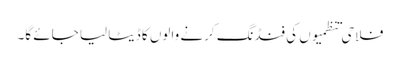
فلاحی تنظمیوں کی فنڈنگ کرنے والوں کا ڈیٹا لیا جائے گا۔